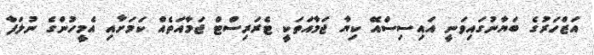
އަޒްހަރުގެ ބަޔާނުގައިވަނީ އައިސިސްއޭ ކިޔާ ޖަމާއަތަކީ ޓެރަރިސްޓް ޖަމާއަތެއް ކަމަށާއި އެމީހުންގެ ނުލަފާ